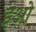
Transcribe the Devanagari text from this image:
इओ